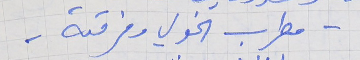
- مطرب الخولي وفرقته -